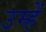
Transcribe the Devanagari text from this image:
उम्हें